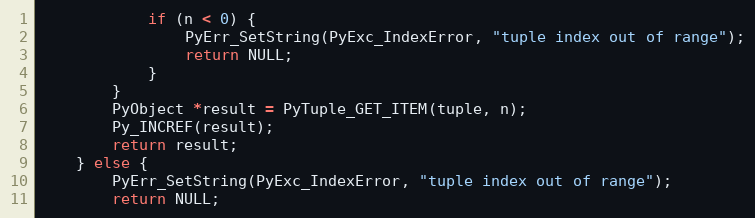
Language: C
            if (n < 0) {
                PyErr_SetString(PyExc_IndexError, "tuple index out of range");
                return NULL;
            }
        }
        PyObject *result = PyTuple_GET_ITEM(tuple, n);
        Py_INCREF(result);
        return result;
    } else {
        PyErr_SetString(PyExc_IndexError, "tuple index out of range");
        return NULL;